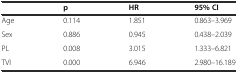
<table><thead><tr><td></td><td><b>p</b></td><td><b>HR</b></td><td><b>95% CI</b></td></tr></thead><tbody><tr><td>Age</td><td>0.114</td><td>1.851</td><td>0.863–3.969</td></tr><tr><td>Sex</td><td>0.886</td><td>0.945</td><td>0.438–2.039</td></tr><tr><td>PL</td><td>0.008</td><td>3.015</td><td>1.333–6.821</td></tr><tr><td>TVI</td><td>0.000</td><td>6.946</td><td>2.980–16.189</td></tr></tbody></table>